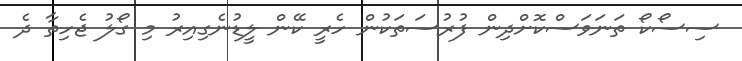
ސިސޯކޯ ތަނަވަސްކޮށްދިން ފުރުސަތަކުން ހެރީ ކޭން ލީޑުނެގިއިރު މި ގޯލު ޖެހިތާ ދެ